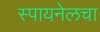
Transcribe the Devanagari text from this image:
स्पायनेलचा